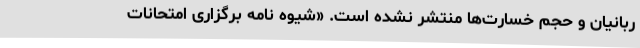
ربانیان و حجم خسارت‌ها منتشر نشده است. «شیوه نامه برگزاری امتحانات